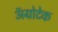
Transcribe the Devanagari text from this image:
अॅग्रोटेक